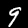
Digit: 9